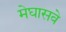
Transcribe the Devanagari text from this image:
मेघासवे